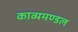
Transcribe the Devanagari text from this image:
काव्यमण्डल